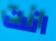
انت